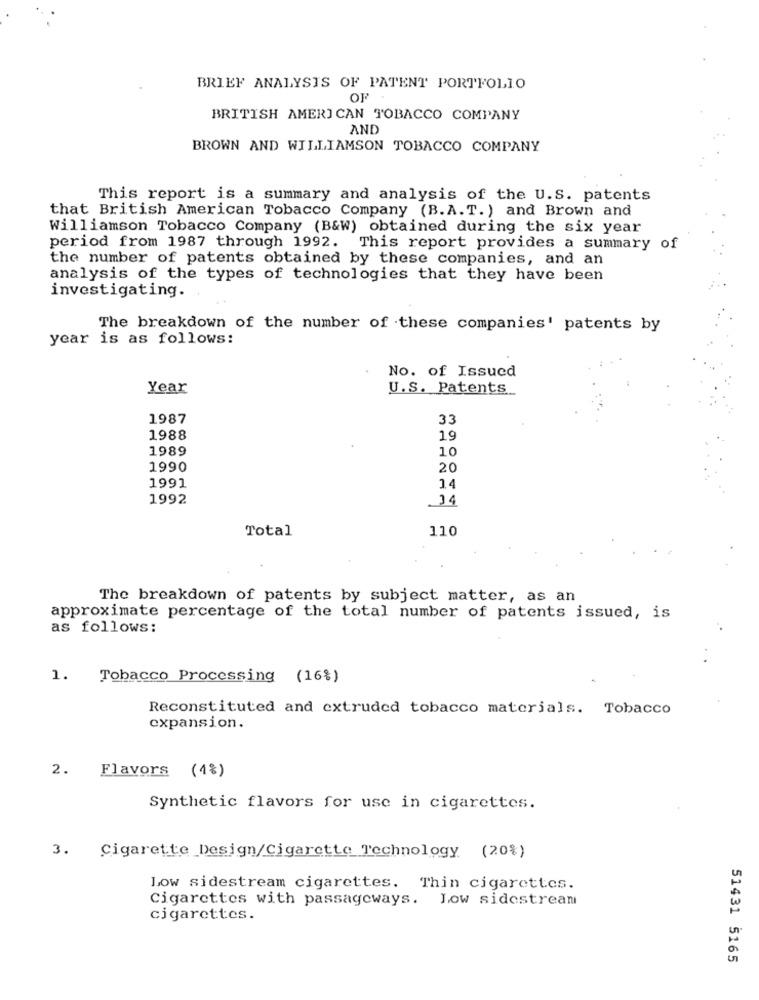
BRIEF ANALYSIS OF PATENT PORTFOLIO
OF
BRITISH AMERICAN TOBACCO COMPANY
AND
BROWN AND WILLIAMSON TOBACCO COMPANY
This report is a summary and analysis of the U.S. patents
that British American Tobacco Company (B.A.T.) and Brown and
Williamson Tobacco Company (B&W) obtained during the six year
period from 1987 through 1992. This report provides a summary of
the number of patents obtained by these companies, and an
analysis of the types of technologies that they have been
investigating.
The breakdown of the number of these companies' patents by
year is as follows:
No. of Issued
Year
U.S. Patents
1987
33
1988
19
1989
10
1990
20
1991
14
1992
14
Total
110
The breakdown of patents by subject matter, as an
approximate percentage of the total number of patents issued, is
as follows:
1. Tobacco Processing (16%)
Reconstituted and extruded tobacco materials. Tobacco
expansion.
2.
Flavors (4%)
Synthetic flavors for use in cigarettes.
3.
Cigarette Design/Cigarette Technology (20%)
Low sidestream cigarettes. Thin cigarettes.
Cigarettes with passageways. Low sidestream
cigarettes.
51431 5165